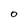
Character: 0